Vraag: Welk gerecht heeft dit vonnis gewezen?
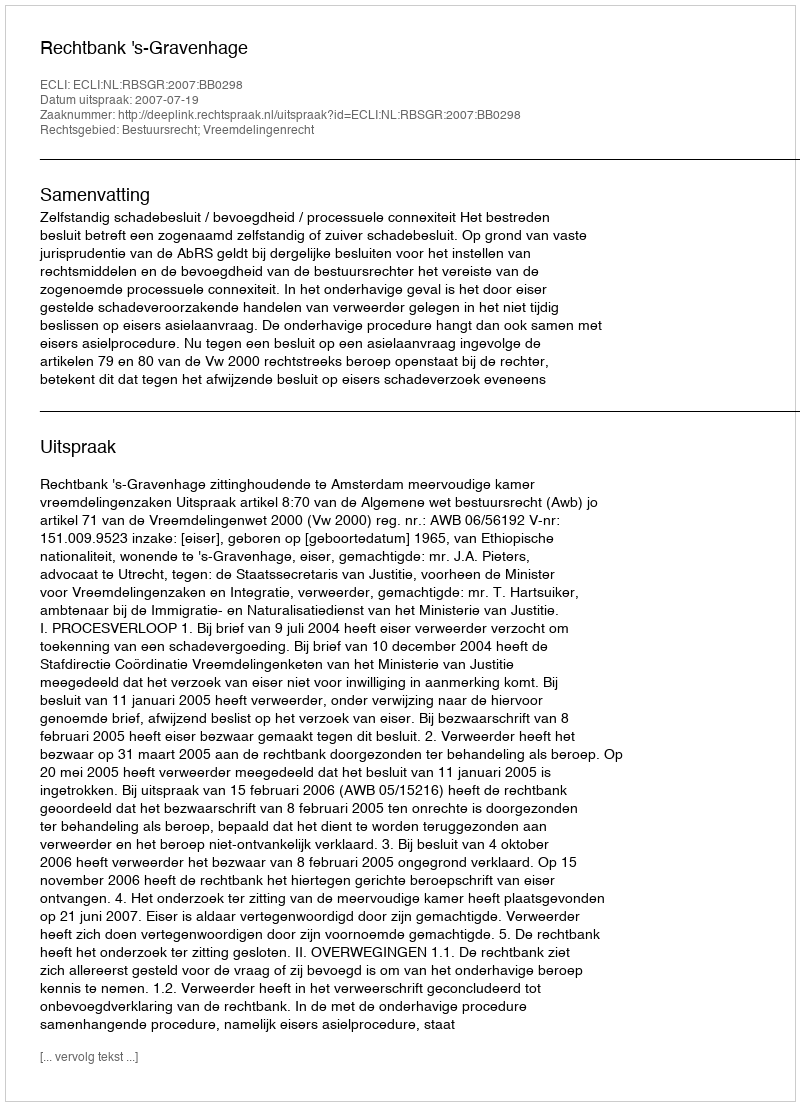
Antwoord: Rechtbank 's-Gravenhage